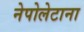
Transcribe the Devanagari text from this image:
नेपोलेटाना